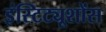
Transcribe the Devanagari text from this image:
इंस्टिट्यूशोंस